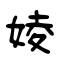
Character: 婈